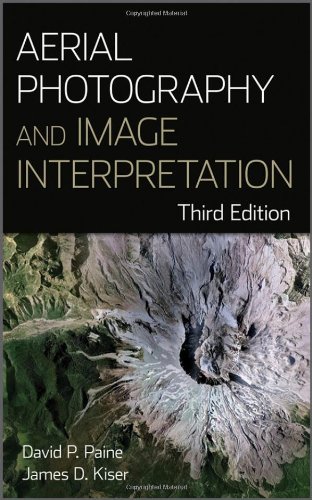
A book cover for Aerial Photography and Image Interpretation; David P. Paine; Arts & Photography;